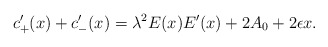
\begin{align*} c'_+(x)+c'_-(x)=\lambda^2E(x)E'(x)+2A_0+2\epsilon x.\end{align*}